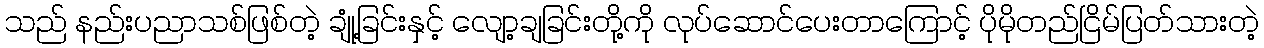
သည် နည်းပညာသစ်ဖြစ်တဲ့ ချုံ့ခြင်းနှင့် လျော့ချခြင်းတို့ကို လုပ်ဆောင်ပေးတာကြောင့် ပိုမိုတည်ငြိမ်ပြတ်သားတဲ့